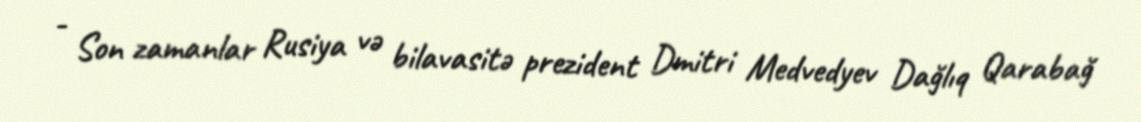
- Son zamanlar Rusiya və bilavasitə prezident Dmitri Medvedyev Dağlıq Qarabağ